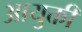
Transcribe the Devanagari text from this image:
आयुक्ती